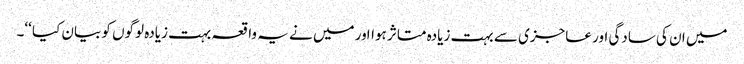
میں ان کی سادگی اور عاجزی سے بہت زیادہ متاثر ہوااور میں نے یہ واقعہ بہت زیادہ لوگوں کو بیان کیا ‘‘۔